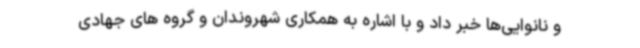
و نانوایی‌ها خبر داد و با اشاره به همکاری شهروندان و گروه های جهادی